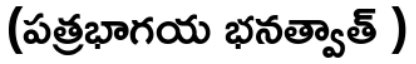
(పత్రభాగయ భనత్వాత్ )